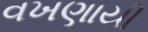
વખણાયી